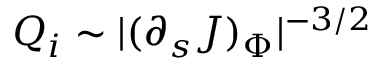
Q _ { i } \sim | ( \partial _ { s } J ) _ { \Phi } | ^ { - 3 / 2 }